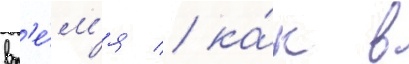
вр'е́м'я / ка́к в